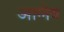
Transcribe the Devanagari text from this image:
आग्‍नेय